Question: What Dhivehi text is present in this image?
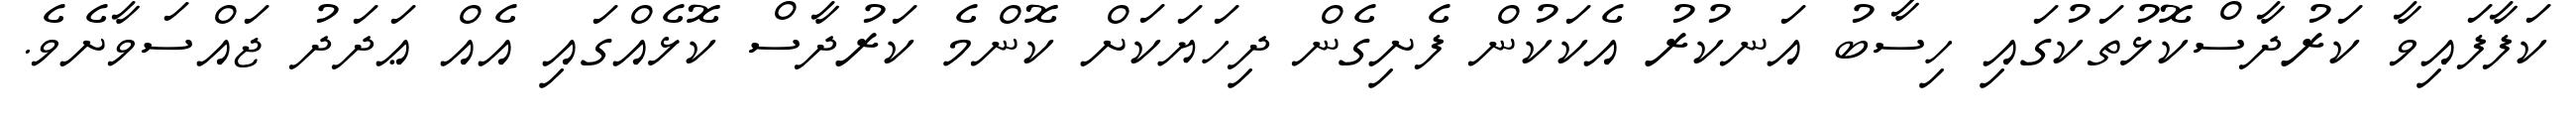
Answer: ކަފާފައިވާ ކަރުދާސްކޮޅުތަކުގައި ހިސާބު އަނކުރު އެކަކުން ފެށިގެން ދިހަޔަކަށް ކޮންމެ ކަރުދާސް ކޮޅެއްގައި އެއް ޢަދަދު ޖައްސަވާށެވެ.